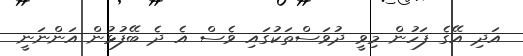
އަދި އޭގެ ފަހުން މިވީ ދުވަސްތަކުގައި ވެސް އެ ދެ ބޭފުޅުން އަންނަނީ